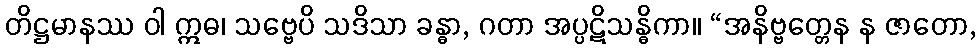
တိဋ္ဌမာနဿ ဝါ ဣဓ၊ သဗ္ဗေပိ သဒိသာ ခန္ဓာ, ဂတာ အပ္ပဋိသန္ဓိကာ။ “အနိဗ္ဗတ္တေန န ဇာတော,